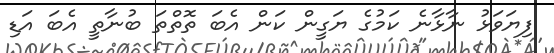
ފިޔަވަޅު ނާޅާނެ ކަމުގެ ޔަގީން ކަން އެބަ ތޮތްތަ ބުނާތީ އެބަ އަޑި